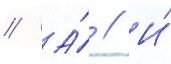
// А́ // И́